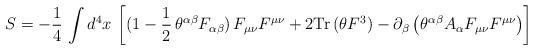
LaTeX: \begin{align*}S = - \frac{1}{4}\,\int d^{4}x\,\left[(1 - \frac{1}{2}\,\theta^{\alpha\beta}F_{\alpha\beta})\,F_{\mu\nu}F^{\mu\nu} + 2 {\rm Tr}\,(\theta F^{3}) - \partial_{\beta} \left(\theta^{\alpha\beta} A_{\alpha} F_{\mu\nu}F^{\mu\nu}\right)\right]\end{align*}